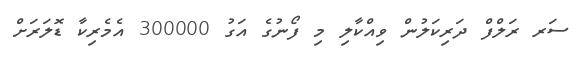
ސަރ ރަލްފް ދަރިކަލުން ވިއްކާލި މި ފޯނުގެ އަގު 300000 އެމެރިކާ ޑޮލަރަށް